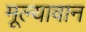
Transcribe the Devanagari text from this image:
मूल्‍यावान